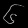
Digit: ၆